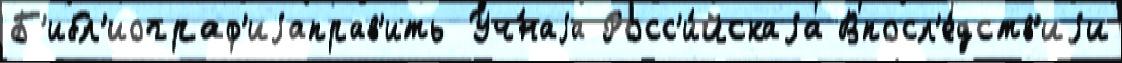
Б'ибл'иограф'иjаправ'ить Уч́наjа Росс'и́йскаjа Впосл'е́дств'иjи